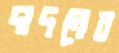
দাদনের